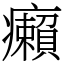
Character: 癩